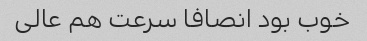
خوب بود انصافا سرعت هم عالی